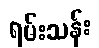
ရမ်းသန်း